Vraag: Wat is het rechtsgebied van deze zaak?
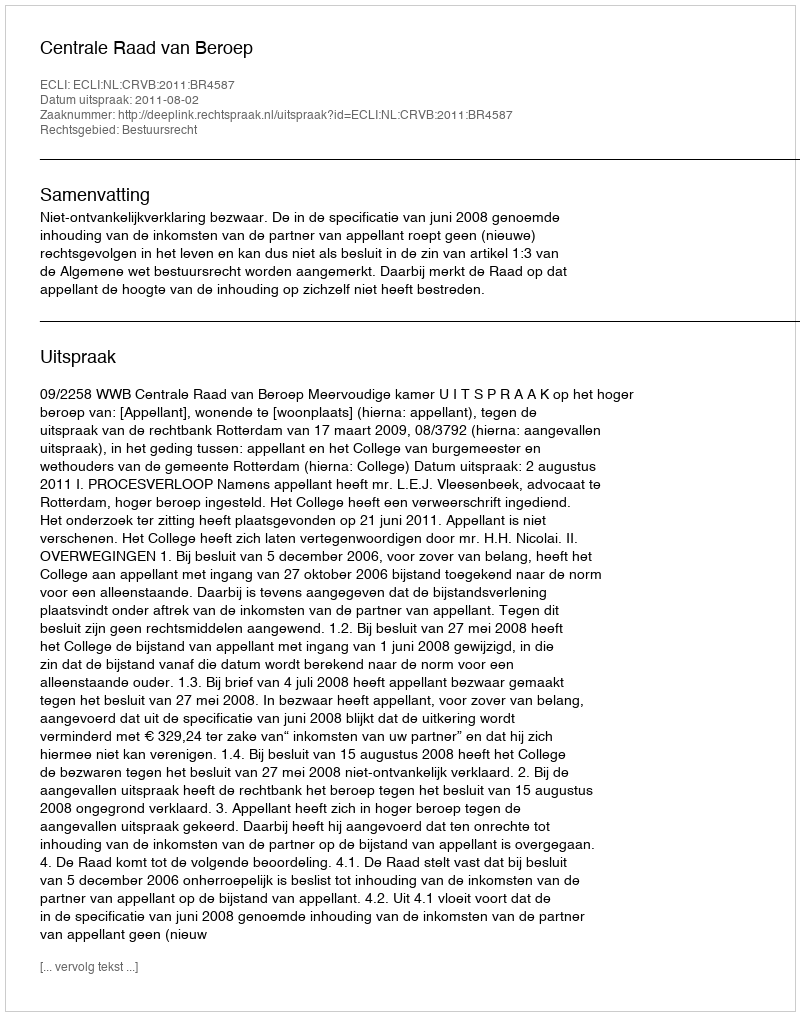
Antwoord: Bestuursrecht